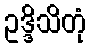
ဥဒ္ဒိသိတုံ